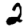
Digit: 2